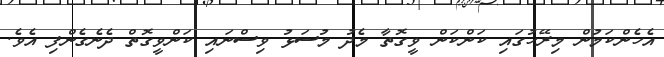
އެހެންކަމުން މިރޭހުގައި ކަންކަން ވީގޮތާ މެދު މުސަޅު ވިސްނައި ކަންވީގޮތް ދެނެގެންފި އެވެ.